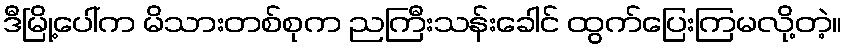
ဒီမြို့ပေါ်က မိသားတစ်စုက ညကြီးသန်းခေါင် ထွက်ပြေးကြမလို့တဲ့။